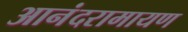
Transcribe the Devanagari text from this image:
आनंदरामायण